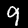
Label: 9